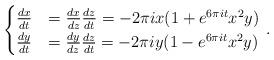
LaTeX: \begin{align*}\begin{cases}\frac{dx}{dt} & = \frac{dx}{dz} \frac{dz}{dt} = -2\pi i x(1 + e^{6\pi it}x^2y)\\\frac{dy}{dt} & = \frac{dy}{dz} \frac{dz}{dt} = -2\pi i y(1 - e^{6\pi it}x^2y)\end{cases} \, .\end{align*}